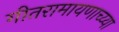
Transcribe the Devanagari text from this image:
गीतरामायणाच्य्या